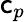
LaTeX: \mathsf{c}_{p}